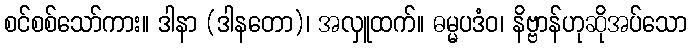
စင်စစ်သော်ကား။ ဒါနာ (ဒါနတော)၊ အလှူထက်။ ဓမ္မပဒံဝ၊ နိဗ္ဗာန်ဟုဆိုအပ်သော